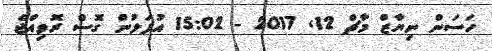
ހަސަން ނިޔާޒް މާޗް 12